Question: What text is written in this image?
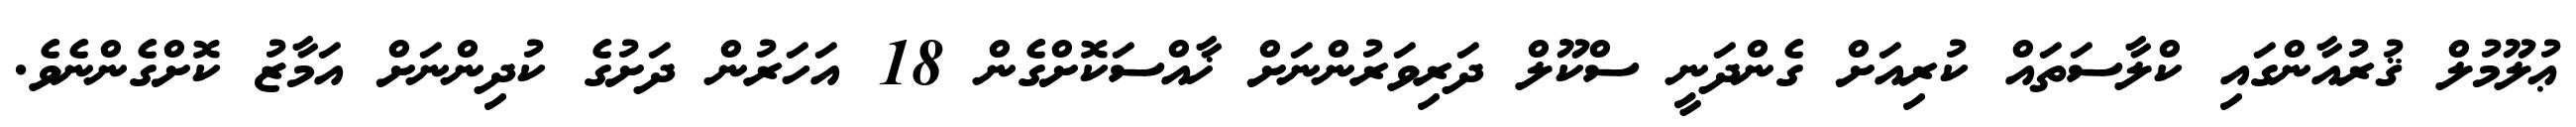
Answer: ޢުލޫމުލް ޤުރުއާންގައި ކްލާސަތައް ކުރިއަށް ގެންދަނީ ސްކޫލް ދަރިވަރުންނަށް ޚާއްސަކޮށްގެން 18 އަހަރުން ދަށުގެ ކުދިންނަށް އަމާޒު ކޮށްގެންނެވެ.